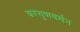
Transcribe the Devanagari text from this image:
वरगुणवर्मन